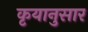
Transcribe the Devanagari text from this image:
कृयानुसार